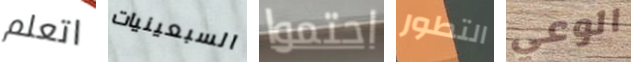
اتعلم السبعينيات احتموا التطور الوعي